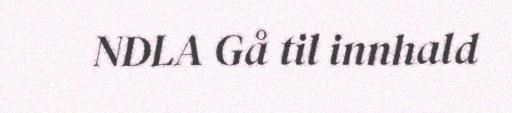
NDLA Gå til innhald